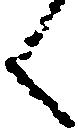
く